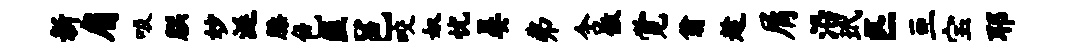
新肩吸朕妙涎膝色匪邑咬奴忧晏弗含傲觉翁趁屑沿玳匹亘宝耶